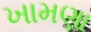
ખામણા